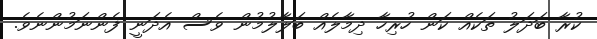
ކުރާ ބަދަލު ތަކެއް ކަން ހުރިހާ ދިމާލެއް ބަލާލުމުން ވެސް އެދަނީ ފެންނަމުންނެވެ.